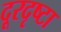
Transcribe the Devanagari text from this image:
दूरदृष्टा